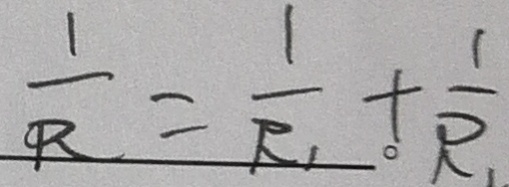
\frac { 1 } { R } = \frac { 1 } { R _ { 1 } } + \frac { 1 } { R _ { 1 } }